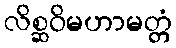
လိစ္ဆဝိမဟာမတ္တံ